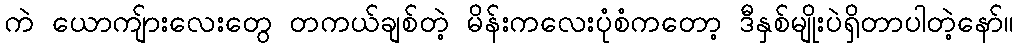
ကဲ ယောကျ်ားလေးတွေ တကယ်ချစ်တဲ့ မိန်းကလေးပုံစံကတော့ ဒီနှစ်မျိုးပဲရှိတာပါတဲ့နော်။